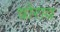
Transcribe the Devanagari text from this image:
चोराव